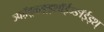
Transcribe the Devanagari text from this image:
ञ्फॉ़ड़्ळ्ङ़्ड्शॉईञ्ङॉईड्श्